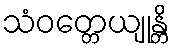
သံဝတ္တေယျုန္တိ